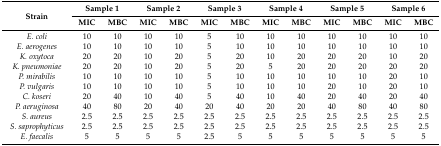
<table><thead><tr><td rowspan="2"><b>Strain</b></td><td colspan="2"><b>Sample 1</b></td><td colspan="2"><b>Sample 2</b></td><td colspan="2"><b>Sample 3</b></td><td colspan="2"><b>Sample 4</b></td><td colspan="2"><b>Sample 5</b></td><td colspan="2"><b>Sample 6</b></td></tr><tr><td><b>MIC</b></td><td><b>MBC</b></td><td><b>MIC</b></td><td><b>MBC</b></td><td><b>MIC</b></td><td><b>MBC</b></td><td><b>MIC</b></td><td><b>MBC</b></td><td><b>MIC</b></td><td><b>MBC</b></td><td><b>MIC</b></td><td><b>MBC</b></td></tr></thead><tbody><tr><td><i>E. coli</i></td><td>10</td><td>10</td><td>10</td><td>10</td><td>5</td><td>10</td><td>10</td><td>10</td><td>10</td><td>10</td><td>10</td><td>10</td></tr><tr><td><i>E. aerogenes</i></td><td>10</td><td>10</td><td>10</td><td>10</td><td>5</td><td>10</td><td>10</td><td>10</td><td>10</td><td>10</td><td>10</td><td>10</td></tr><tr><td><i>K. oxytoca</i></td><td>20</td><td>20</td><td>10</td><td>20</td><td>5</td><td>20</td><td>10</td><td>20</td><td>20</td><td>20</td><td>10</td><td>20</td></tr><tr><td><i>K. pneumoniae</i></td><td>20</td><td>20</td><td>10</td><td>20</td><td>5</td><td>20</td><td>5</td><td>20</td><td>20</td><td>20</td><td>20</td><td>20</td></tr><tr><td><i>P. mirabilis</i></td><td>10</td><td>10</td><td>10</td><td>10</td><td>5</td><td>10</td><td>10</td><td>10</td><td>10</td><td>10</td><td>20</td><td>10</td></tr><tr><td><i>P. vulgaris</i></td><td>10</td><td>10</td><td>10</td><td>10</td><td>5</td><td>10</td><td>10</td><td>10</td><td>20</td><td>10</td><td>20</td><td>10</td></tr><tr><td><i>C. koseri</i></td><td>20</td><td>40</td><td>10</td><td>40</td><td>5</td><td>40</td><td>10</td><td>40</td><td>20</td><td>40</td><td>20</td><td>40</td></tr><tr><td><i>P. aeruginosa</i></td><td>40</td><td>80</td><td>20</td><td>40</td><td>20</td><td>40</td><td>20</td><td>20</td><td>40</td><td>80</td><td>40</td><td>80</td></tr><tr><td><i>S. aureus</i></td><td>2.5</td><td>2.5</td><td>2.5</td><td>2.5</td><td>2.5</td><td>2.5</td><td>2.5</td><td>2.5</td><td>2.5</td><td>2.5</td><td>2.5</td><td>2.5</td></tr><tr><td><i>S. saprophyticus</i></td><td>2.5</td><td>2.5</td><td>2.5</td><td>2.5</td><td>2.5</td><td>2.5</td><td>2.5</td><td>2.5</td><td>2.5</td><td>2.5</td><td>2.5</td><td>2.5</td></tr><tr><td><i>E. faecalis</i></td><td>5</td><td>5</td><td>5</td><td>5</td><td>2.5</td><td>5</td><td>5</td><td>5</td><td>5</td><td>5</td><td>5</td><td>5</td></tr></tbody></table>